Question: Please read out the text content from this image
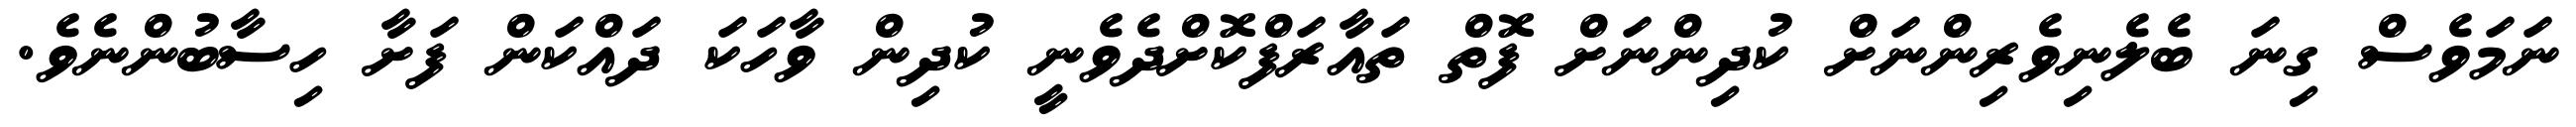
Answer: ނަމަވެސް ގިނަ ބެލެނިވެރިންނަށް ކުދިންނަށް ފޮތް ތައާރަފްކޮށްދެވެނީ ކުދިން ވާހަކަ ދައްކަން ފަށާ ހިސާބުންނެވެ.